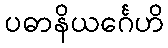
ပဓာနိယင်္ဂေဟိ